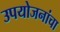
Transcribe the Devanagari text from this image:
उपयोजनांचा